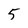
Character: 5